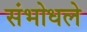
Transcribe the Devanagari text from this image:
संभोधले